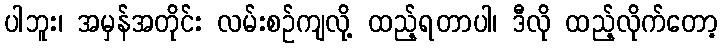
ပါဘူး၊ အမှန်အတိုင်း လမ်းစဉ်ကျလို့ ထည့်ရတာပါ၊ ဒီလို ထည့်လိုက်တော့